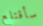
سأقتلع